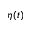
\eta ( t )